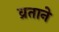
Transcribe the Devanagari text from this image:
व्रताने